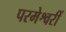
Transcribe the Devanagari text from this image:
परमेश्वरीं